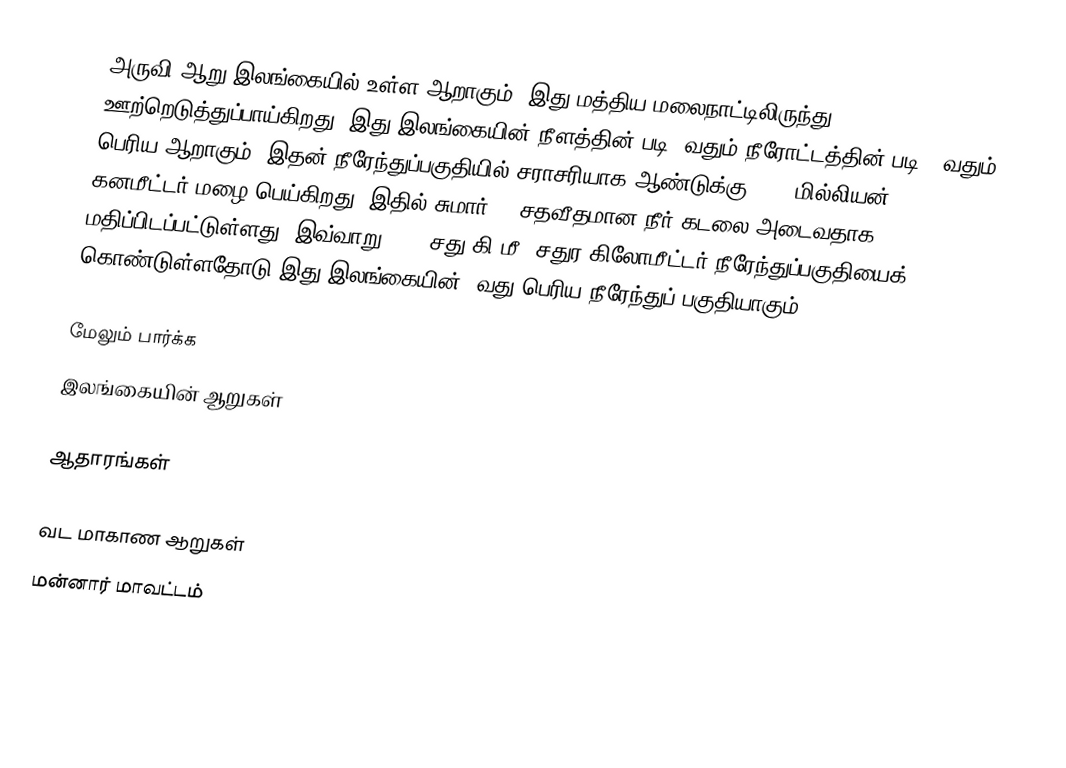
அருவி ஆறு இலங்கையில் உள்ள ஆறாகும். இது மத்திய மலைநாட்டிலிருந்து ஊற்றெடுத்துப்பாய்கிறது. இது இலங்கையின் நீளத்தின் படி 2வதும் நீரோட்டத்தின் படி  12வதும் பெரிய  ஆறாகும். இதன்  நீரேந்துப்பகுதியில் சராசரியாக ஆண்டுக்கு 4919 மில்லியன் கனமீட்டர் மழை பெய்கிறது, இதில் சுமார் 10 சதவீதமான நீர் கடலை அடைவதாக மதிப்பிடப்பட்டுள்ளது. இவ்வாறு 3246 சது.கி.மீ. சதுர கிலோமீட்டர் நீரேந்துப்பகுதியைக் கொண்டுள்ளதோடு இது இலங்கையின் 2வது பெரிய நீரேந்துப் பகுதியாகும்.

மேலும் பார்க்க
 இலங்கையின் ஆறுகள்

ஆதாரங்கள்

வட மாகாண ஆறுகள்
மன்னார் மாவட்டம்